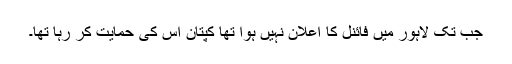
جب تک لاہور میں فائنل کا اعلان نہیں ہوا تھا کپتان اس کی حمایت کر رہا تھا۔